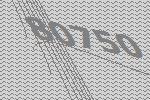
80750